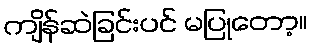
ကျိန်ဆဲခြင်းပင် မပြုတော့။